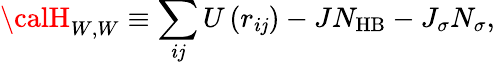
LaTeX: {\calH}_{W,W}\equiv\sum_{i\mathit{j}}U\left(r_{i\mathit{j}}\right)-JN_{\mathrm{{HB}}}-J_{\sigma}N_{\sigma},